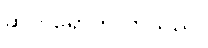
ဆိုက်ရောက်လာသည်။